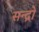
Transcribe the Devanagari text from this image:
सन्द्रो